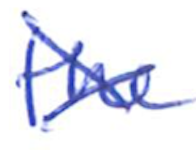
Text: the
Cross-out: cross
Writing tool: ballpoint